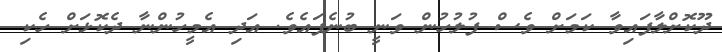
ދޫކޮށްލާފައިވާ ކަމަށް ވެސް ފުލުހުން ވަނީ ބުނެފައެވެ. އަދި އެމީހުންނާ ދެކޮޅަށް ހެކި